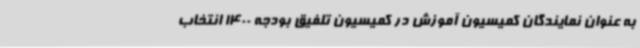
به عنوان نمایندگان کمیسیون آموزش در کمیسیون تلفیق بودجه 1400 انتخاب